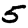
Digit: 5